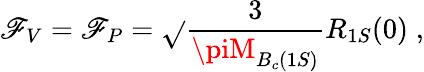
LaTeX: \mathscr{F}_{V}=\mathscr{F}_{P}=\sqrt{}{{\frac{{3}}{{\piM_{B_{c}(1S)}}}}}R_{1S}(0)\; ,